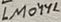
Text: LM044L